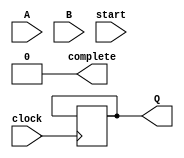
module div(
		input[7:0] A, B,
		input clock,
		input start, // rising-edge signal to start a new division
		output[7:0] Q, // Q = A / B
		output complete // whether we're done
	);

	// external variables
	wire[7:0] A, B;
	wire clock;
	wire start;
	reg[7:0] Q;
	reg complete;

	// internal variables
	reg[15:0] divisor;
	reg[15:0] remainder;
	reg[7:0] quotient;
	reg[3:0] counter; // 4 bits is all we need
	wire remainder_pos;

	assign remainder_pos = ~remainder[15];

	initial begin
		complete = 0;
		counter = 0;
	end

	always @(posedge start) begin
		complete <= 0;
		remainder <= {8'b0, A};
		divisor <= {B, 8'b0};
		quotient <= 8'b0;
		counter <= 0;
	end

	// all done according to the division algorithm in Comp Org & Design
	always @(posedge clock) begin
		remainder <= remainder - divisor;
		quotient <= quotient << 1;
		#1 quotient[0] <= remainder_pos;
		remainder <= remainder_pos ? remainder :
		                             remainder + divisor;
		divisor <= divisor >> 1;
		#1 counter <= counter + 1;

		if (counter[3] & ~complete) begin
			// we're done, copy out everything
			complete <= 1;
			Q <= quotient;
		end
	end

endmodule